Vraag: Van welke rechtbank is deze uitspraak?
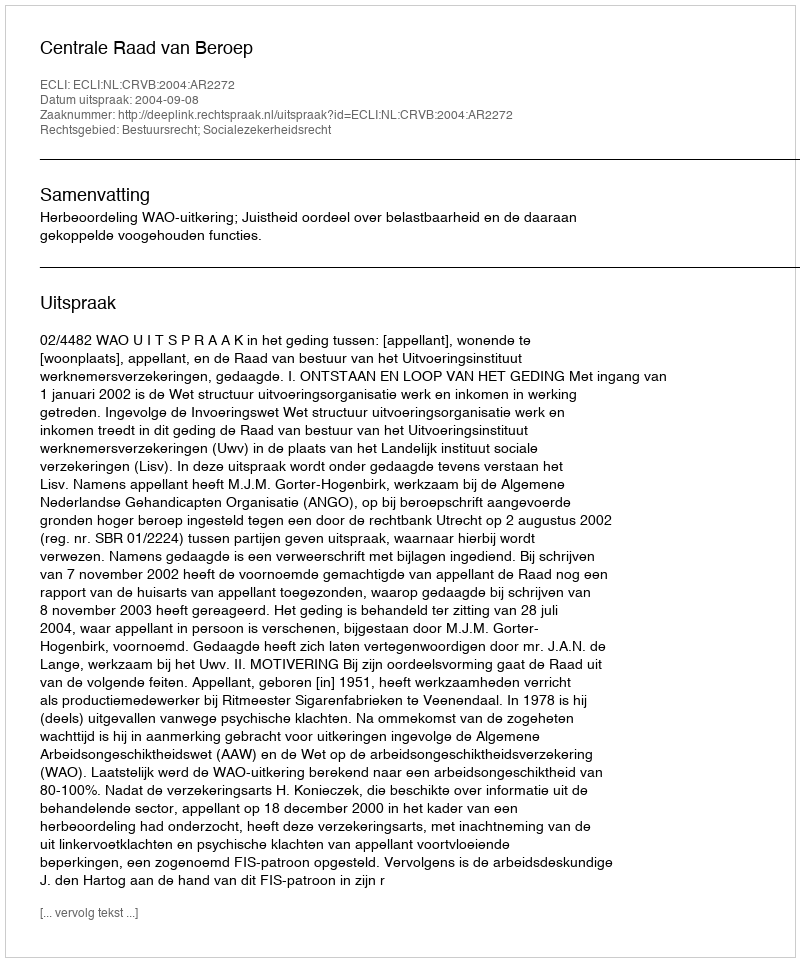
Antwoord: Centrale Raad van Beroep